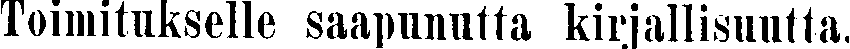
Toimitukselle saapunutta kirjallisuutta.